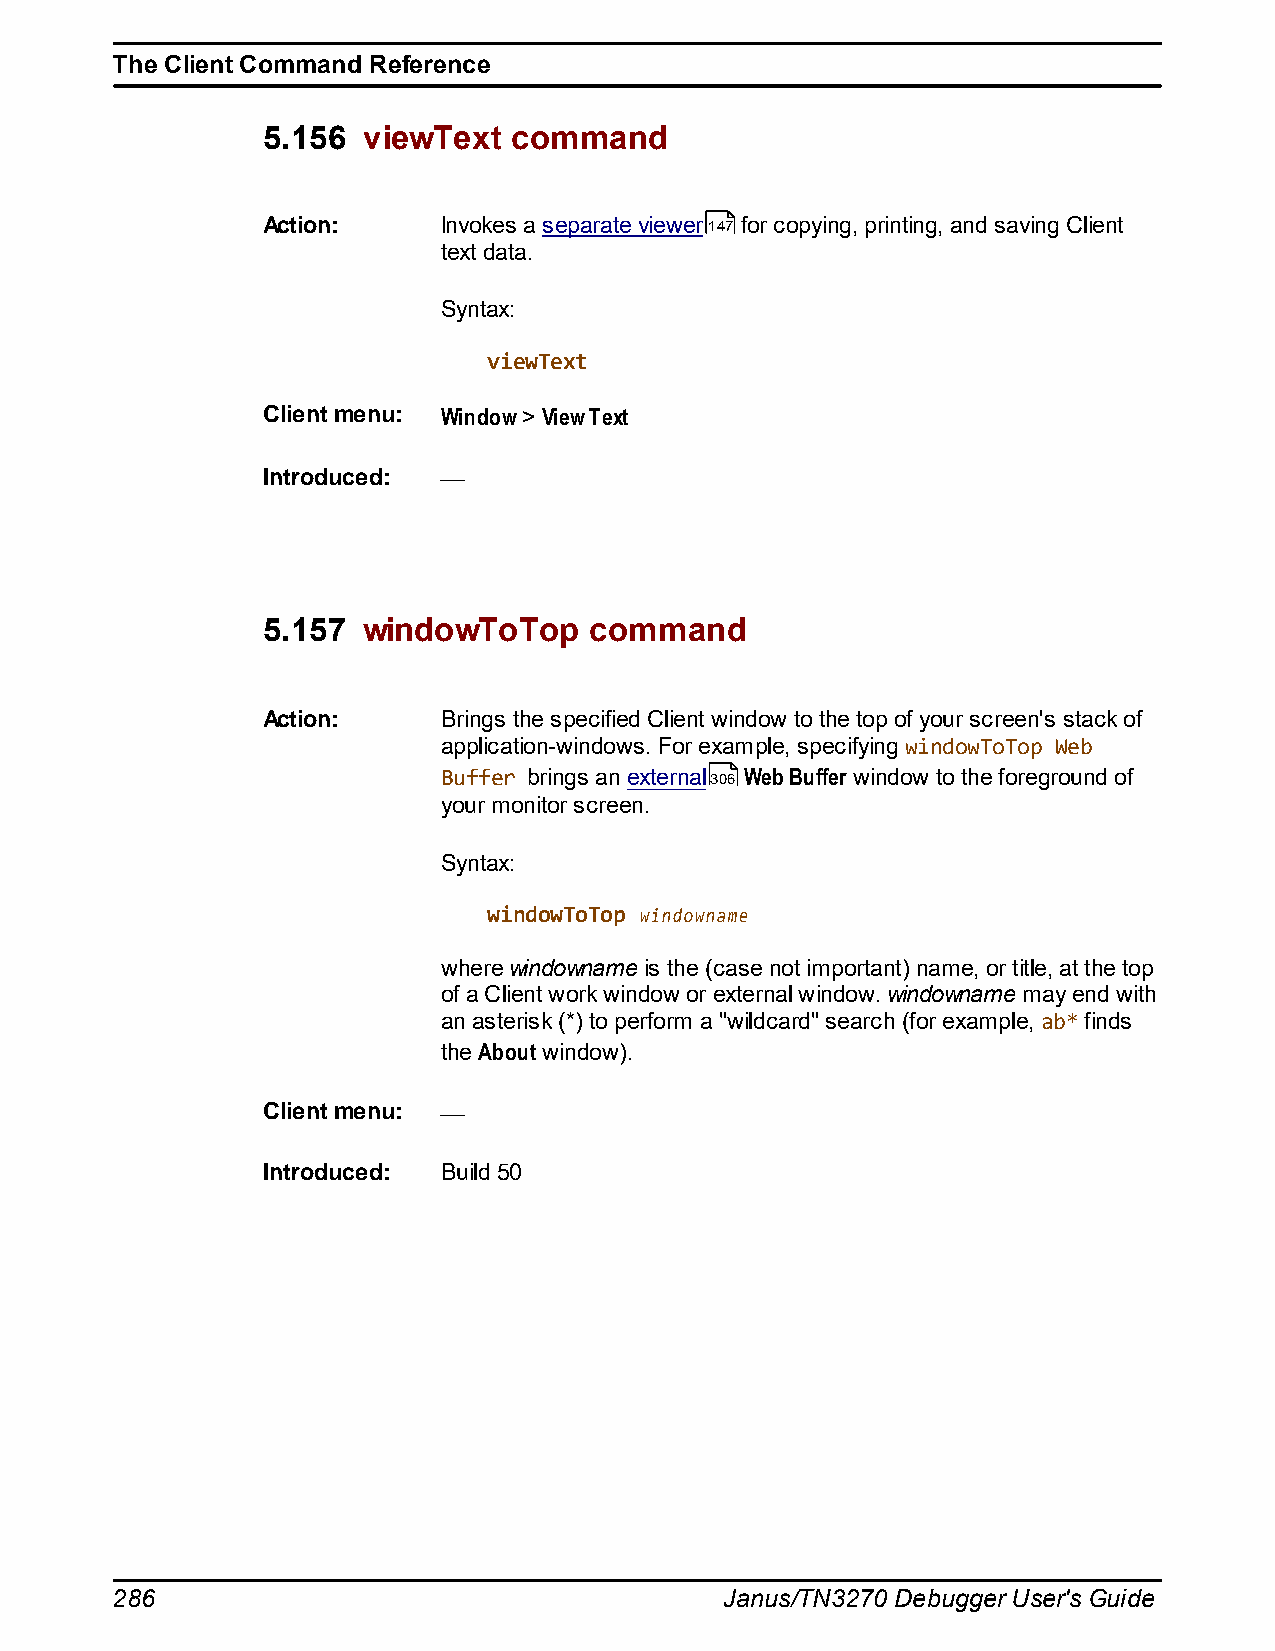
The Client Command Reference
 5.156  viewText  command
 Action:     Invokes a separate viewer147 for copying, printing, and saving Client
 text data.
 Syntax:
 viewText
 Client menu: Window > View Text
 Introduced:
 5.157  windowToTop    command
 Action:     Brings the specified Client window to the top of your screen's stack of
 application-windows. For example, specifying windowToTop Web
 Buffer brings an external306 Web Buffer window to the foreground of
 your monitor screen.
 Syntax:
 windowToTop windowname
 where windowname is the (case not important) name, or title, at the top
 of a Client work window or external window. windowname may end with
 an asterisk (*) to perform a "wildcard" search (for example, ab* finds
 the About window).
 Client menu:
 Introduced: Build 50
 286                                      Janus/TN3270 Debugger User's Guide